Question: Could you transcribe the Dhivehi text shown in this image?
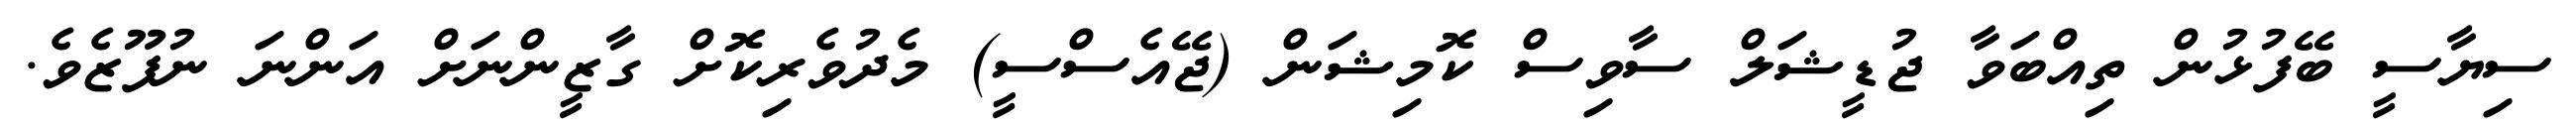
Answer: ސިޔާސީ ބޭފުޅުން ތިއްބަވާ ޖުޑީޝަލް ސާވިސް ކޮމިޝަން (ޖޭއެސްސީ) މެދުވެރިކޮށް ގާޒީންނަށް އަންނަ ނުފޫޒެވެ.